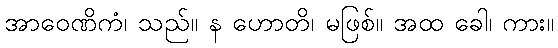
အာဝေဏိကံ၊ သည်။ န ဟောတိ၊ မဖြစ်။ အထ ခေါ၊ ကား။